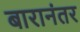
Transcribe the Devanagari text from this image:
बारानंतर